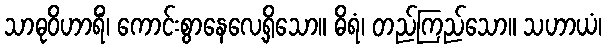
သာဓုဝိဟာရိံ၊ ကောင်းစွာနေလေ့ရှိသော။ ဓိရံ၊ တည်ကြည်သော။ သဟာယံ၊